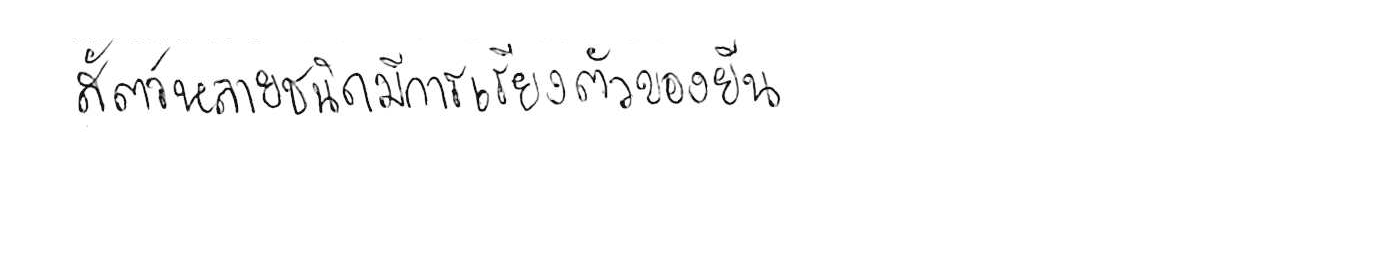
สัตว์หลายชนิดมีการเรียงตัวของยีน